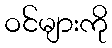
ဝင်များကို